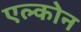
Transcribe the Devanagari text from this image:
एल्कोन